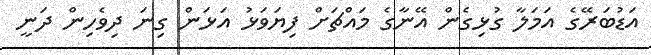
އަޑުބަރޭގެ އަމަލާ ގުޅިގެން އޭނާގެ މައްޗަށް ފިޔަވަޅު އަޅަން ގިނަ ދިވެހިން ދަނީ